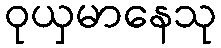
ဝုယှမာနေသု